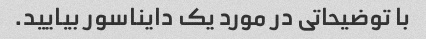
با توضیحاتی در مورد یک دایناسور بیایید.